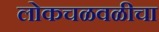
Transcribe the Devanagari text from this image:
लोकचळवळीचा